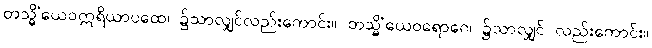
တသ္မိံယေဝဣရိယာပထေ၊ ၌သာလျှင်လည်းကောင်း။ တသ္မိံယေဝရောဂေ၊ ၌သာလျှင် လည်းကောင်း။